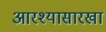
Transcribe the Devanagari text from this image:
आरश्यासारखा